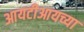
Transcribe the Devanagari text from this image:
आयटीआयच्या